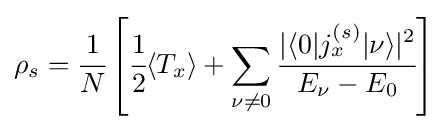
\rho _{s}={\cfrac {1}{N}}\left[{\cfrac {1}{2}}\langle T_{x}\rangle +\sum _{\nu \neq 0}{\cfrac {|\langle 0|j_{x}^{(s)}|\nu \rangle |^{2}}{E_{\nu }-E_{0}}}\right]